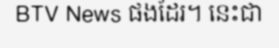
BTV News ផងដែរ។ នេះជា